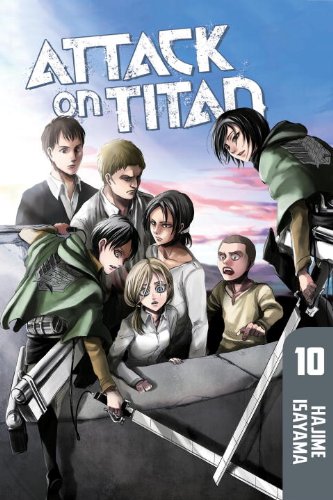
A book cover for Attack on Titan 10; Hajime Isayama; Comics & Graphic Novels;